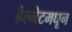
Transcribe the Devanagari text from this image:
हेल्मेटमधून